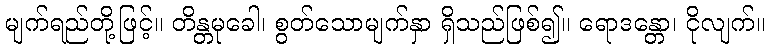
မျက်ရည်တို့ဖြင့်။ တိန္တမုခေါ၊ စွတ်သောမျက်နှာ ရှိသည်ဖြစ်၍။ ရောဒန္တော၊ ငိုလျက်။